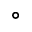
^ \circ